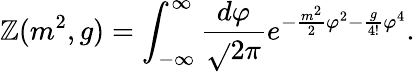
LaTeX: \mathbb{Z}(m^{2},g)=\int_{-\infty}^{\infty}\frac{{d\varphi}}{{\sqrt{}{{2\pi}}}}e^{-\frac{{m^{2}}}{{2}}\varphi^{2}-\frac{{g}}{{4!}}\varphi^{4}}.